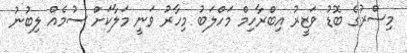
މިސްރުގެ ބޮޑު ވަޒީރު އިބްރާހިމް މަހްލަބު މިހާރު ވަނީ މަލާކަށް ސުމެއް ލިބުނު